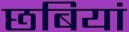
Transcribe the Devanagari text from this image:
छबियां